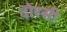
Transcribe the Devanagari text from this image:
दोरसी